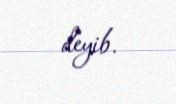
deyib.